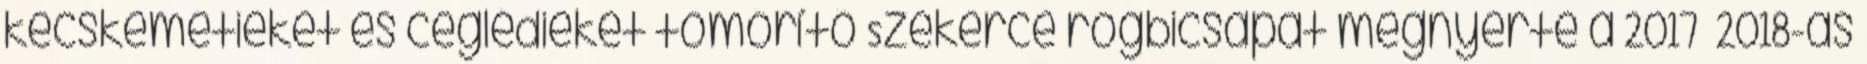
kecskemétieket és ceglédieket tömörítő Szekerce rögbicsapat megnyerte a 2017 2018-as